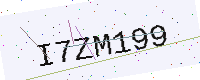
Text: I7ZM199